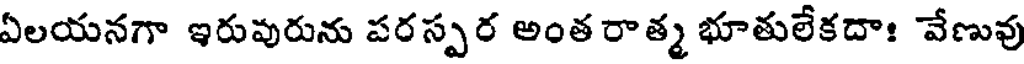
ఏలయనగా ఇరువురును పరస్పర అంత రాత్మ భూతులేకదాః వేణువు